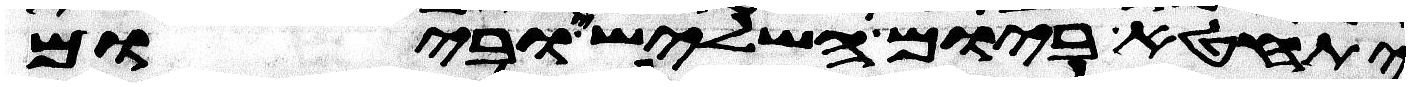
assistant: יתחטא ביום השלישי וביום